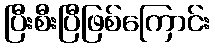
ပြီးစီးပြီဖြစ်ကြောင်း